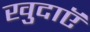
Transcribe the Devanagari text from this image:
खुदाएॅ